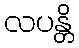
လပန္တိ